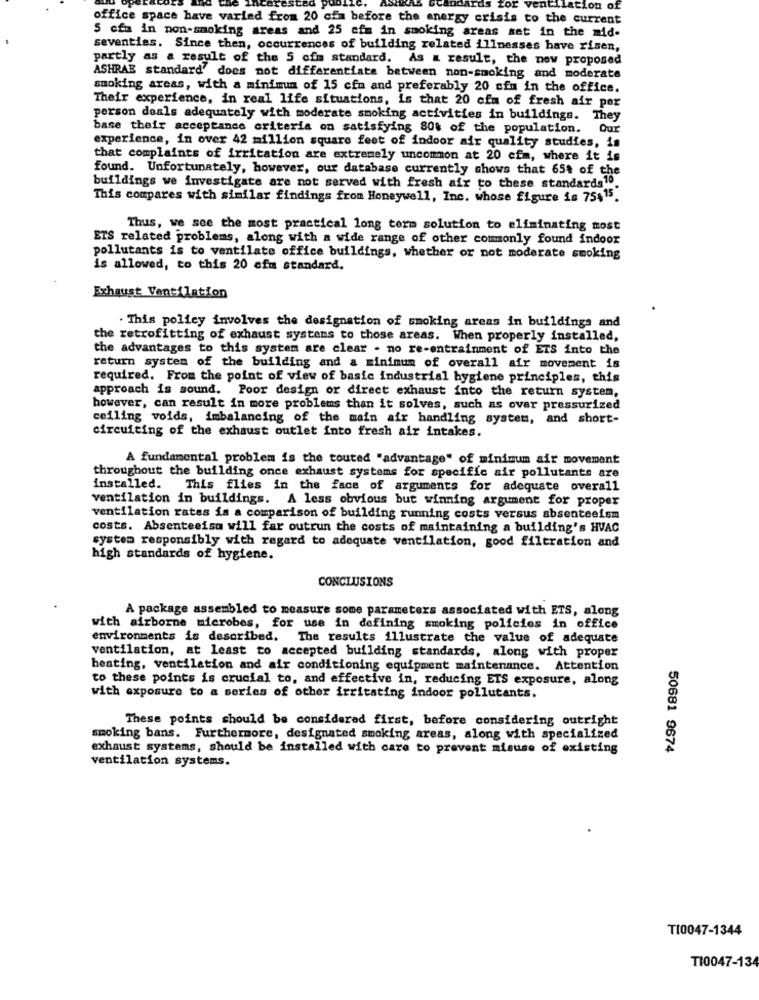
for ventilation of
office space have varied from 20 cia before the energy crisis to the current
5 cfm in non-smoking areas and 25 cfm in smoking areas set in the mid-
seventies. Since then, occurrences of building related illnesses have risen,
partly as a result of the 5 cim standard. As a result, the new proposed
ASHRAE standard' does not differentiate between non-smoking and moderate
smoking areas, with a minimum of 15 cfm and preferably 20 cfm in the office.
Their experience, in real life situations, is that 20 cfm of fresh air por
person deals adequately with moderate smoking activities in buildings. They
base their acceptance criteria on satisfying 80% of the population. Our
experience, in over 42 million square feet of indoor air quality studies, is
that complaints of irritation are extremely uncommon at 20 cfm, where it is
found. Unfortunately, however, our database currently shows that 65% of the
buildings we investigate are not served with fresh air to these standards10.
This compares with similar findings from Honeywell, Inc. whose figure is 75$15.
Thus, we see the most practical long term solution to eliminating most
ETS related problems, along with a wide range of other commonly found indoor
pollutants is to ventilate office buildings, whether or not moderate smoking
is allowed, to this 20 efm standard.
Exhaust Ventilation
This policy involves the designation of smoking areas in buildings and
the retrofitting of exhaust systems to those areas. When properly installed,
the advantages to this system are clear - no re-entrainment of ETS into the
return system of the building and a minimum of overall air movement is
required. From the point of view of basic industrial hygiene principles, this
approach is sound. Poor design or direct exhaust into the return system,
however, can result in more problems than it solves, such as over pressurized
ceiling voids, imbalancing of the main air handling system, and short-
circuiting of the exhaust outlet into fresh air intakes.
A fundamental problem is the touted "advantage" of minimum air movement
throughout the building once exhaust systems for specific air pollutants are
installed. This flies in the face of arguments for adequate overall
ventilation in buildings. A less obvious but winning argument for proper
ventilation rates is a comparison of building running costs versus absenteeism
costs. Absenteeisa will far outrun the costs of maintaining a building's HVAC
system responsibly with regard to adequate ventilation, good filtration and
high standards of hygiene.
CONCLUSIONS
A package assembled to measure some parameters associated with ETS, along
with airborne microbes, for use in defining smoking policies in office
environments is described. The results illustrate the value of adequate
ventilation, at least to accepted building standards, along with proper
heating, ventilation and air conditioning equipment maintenance. Attention
to these points is crucial to, and effective in, reducing ETS exposure, along
with exposure to a series of other irritating indoor pollutants.
These points should be considered first, before considering outright
smoking bans. Furthermore, designated smoking areas, along with specialized
exhaust systems, should be installed with care to prevent misuse of existing
50681 9674
ventilation systems.
TI0047-1344
TI0047-134